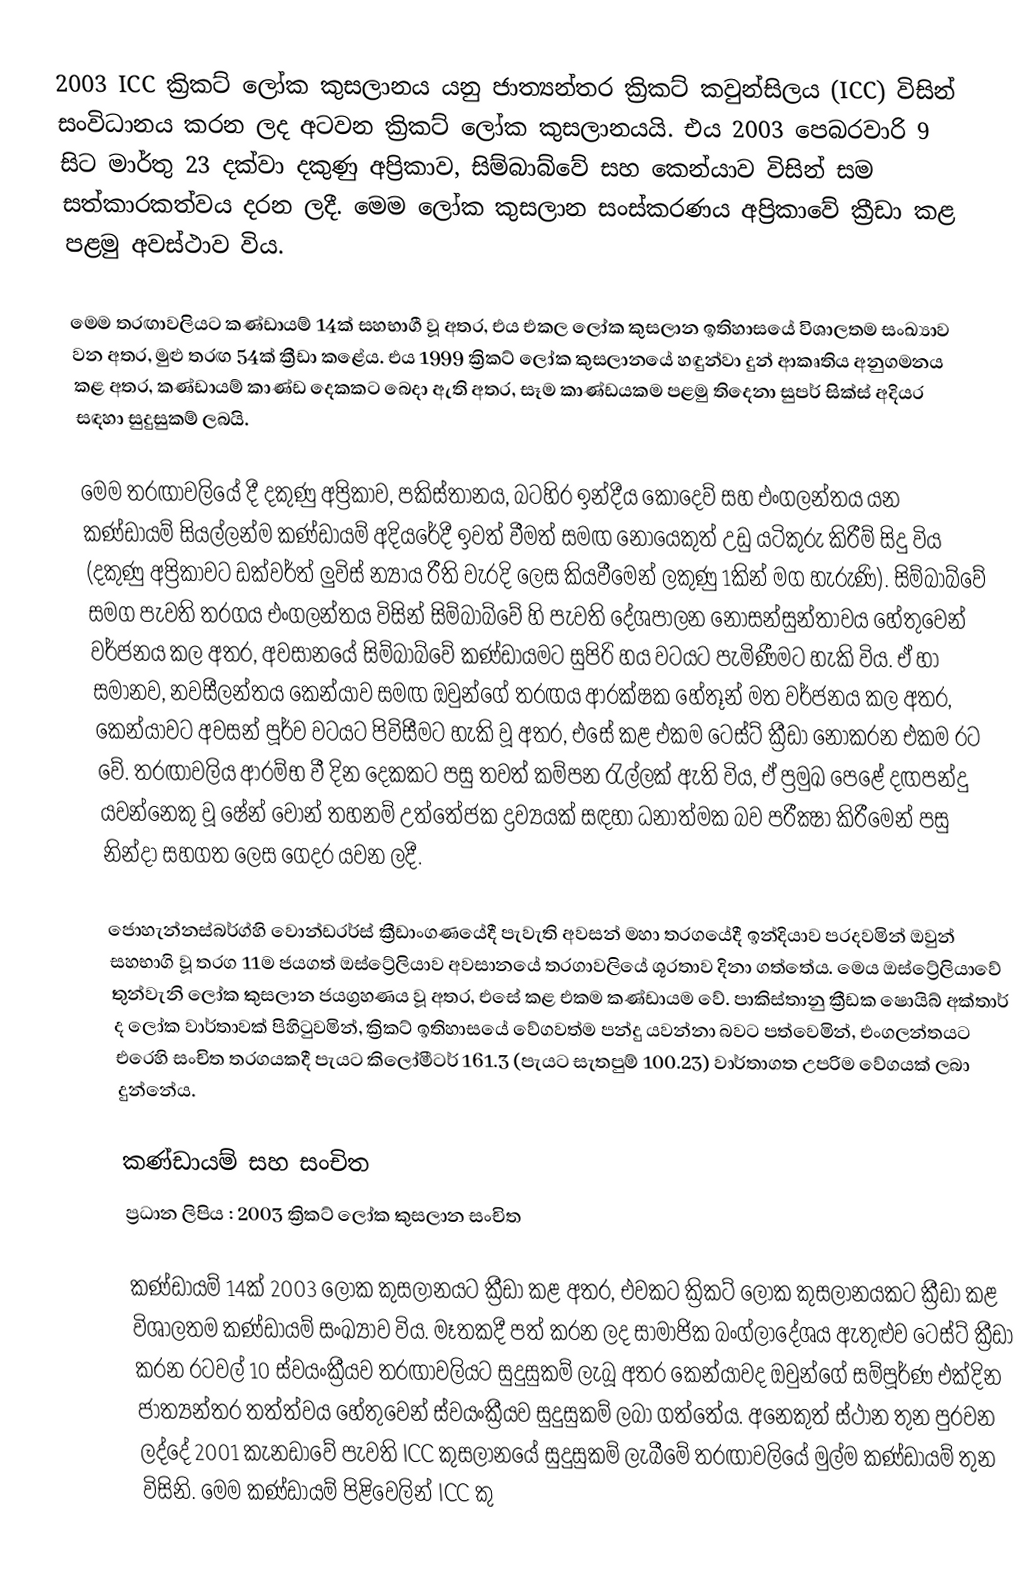
2003 ICC ක්‍රිකට් ලෝක කුසලානය යනු ජාත්‍යන්තර ක්‍රිකට් කවුන්සිලය (ICC) විසින් සංවිධානය කරන ලද අටවන ක්‍රිකට් ලෝක කුසලානයයි. එය 2003 පෙබරවාරි 9 සිට මාර්තු 23 දක්වා දකුණු අප්‍රිකාව, සිම්බාබ්වේ සහ කෙන්යාව විසින් සම සත්කාරකත්වය දරන ලදී. මෙම ලෝක කුසලාන සංස්කරණය අප්‍රිකාවේ ක්‍රීඩා කළ පළමු අවස්ථාව විය.

මෙම තරඟාවලියට කණ්ඩායම් 14ක් සහභාගී වූ අතර, එය එකල ලෝක කුසලාන ඉතිහාසයේ විශාලතම සංඛ්‍යාව වන අතර, මුළු තරඟ 54ක් ක්‍රීඩා කළේය. එය 1999 ක්‍රිකට් ලෝක කුසලානයේ හඳුන්වා දුන් ආකෘතිය අනුගමනය කළ අතර, කණ්ඩායම් කාණ්ඩ දෙකකට බෙදා ඇති අතර, සෑම කාණ්ඩයකම පළමු තිදෙනා සුපර් සික්ස් අදියර සඳහා සුදුසුකම් ලබයි.

මෙම තරඟාවලියේ දී දකුණු අප්‍රිකාව, පකිස්තානය, බටහිර ඉන්දීය කොදෙව් සහ එංගලන්තය යන කණ්ඩායම් සියල්ලන්ම කණ්ඩායම් අදියරේදී ඉවත් වීමත් සමඟ නොයෙකුත් උඩු යටිකුරු කිරීම් සිදු විය (දකුණු අප්‍රිකාවට ඩක්වර්ත් ලුවිස් න්‍යාය රීති වැරදි ලෙස කියවීමෙන් ලකුණු 1කින් මග හැරුණි). සිම්බාබ්වේ සමග පැවති තරගය එංගලන්තය විසින් සිම්බාබ්වේ හි පැවති දේශපාලන නොසන්සුන්තාවය හේතුවෙන් වර්ජනය කල අතර, අවසානයේ සිම්බාබ්වේ කණ්ඩායමට සුපිරි හය වටයට පැමිණීමට හැකි විය. ඒ හා සමානව, නවසීලන්තය කෙන්යාව සමඟ ඔවුන්ගේ තරඟය ආරක්ෂක හේතූන් මත වර්ජනය කල අතර, කෙන්යාවට අවසන් පූර්ව වටයට පිවිසීමට හැකි වූ අතර, එසේ කළ එකම ටෙස්ට් ක්‍රීඩා නොකරන එකම රට වේ. තරඟාවලිය ආරම්භ වී දින දෙකකට පසු තවත් කම්පන රැල්ලක් ඇති විය, ඒ ප්‍රමුඛ පෙළේ දඟපන්දු යවන්නෙකු වූ ෂේන් වෝන් තහනම් උත්තේජක ද්‍රව්‍යයක් සඳහා ධනාත්මක බව පරීක්‍ෂා කිරීමෙන් පසු නින්දා සහගත ලෙස ගෙදර යවන ලදී.

ජොහැන්නස්බර්ග්හි වොන්ඩරර්ස් ක්‍රීඩාංගණයේදී පැවැති අවසන් මහා තරගයේදී ඉන්දියාව පරදවමින් ඔවුන් සහභාගි වූ තරග 11ම ජයගත් ඔස්ට්‍රේලියාව අවසානයේ තරගාවලියේ ශූරතාව දිනා ගත්තේය. මෙය ඔස්ට්‍රේලියාවේ තුන්වැනි ලෝක කුසලාන ජයග්‍රහණය වූ අතර, එසේ කළ එකම කණ්ඩායම වේ. පාකිස්තානු ක්‍රීඩක ෂොයිබ් අක්තාර් ද ලෝක වාර්තාවක් පිහිටුවමින්, ක්‍රිකට් ඉතිහාසයේ වේගවත්ම පන්දු යවන්නා බවට පත්වෙමින්, එංගලන්තයට එරෙහි සංචිත තරගයකදී පැයට කිලෝමීටර් 161.3 (පැයට සැතපුම් 100.23) වාර්තාගත උපරිම වේගයක් ලබා දුන්නේය.

කණ්ඩායම් සහ සංචිත
ප්‍රධාන ලිපිය : 2003 ක්‍රිකට් ලෝක කුසලාන සංචිත

කණ්ඩායම් 14ක් 2003 ලෝක කුසලානයට ක්‍රීඩා කළ අතර, එවකට ක්‍රිකට් ලෝක කුසලානයකට ක්‍රීඩා කළ විශාලතම කණ්ඩායම් සංඛ්‍යාව විය. මෑතකදී පත් කරන ලද සාමාජික බංග්ලාදේශය ඇතුළුව ටෙස්ට් ක්‍රීඩා කරන රටවල් 10 ස්වයංක්‍රීයව තරඟාවලියට සුදුසුකම් ලැබූ අතර කෙන්යාවද ඔවුන්ගේ සම්පූර්ණ එක්දින ජාත්‍යන්තර තත්ත්වය හේතුවෙන් ස්වයංක්‍රීයව සුදුසුකම් ලබා ගත්තේය. අනෙකුත් ස්ථාන තුන පුරවන ලද්දේ 2001 කැනඩාවේ පැවති ICC කුසලානයේ සුදුසුකම් ලැබීමේ තරඟාවලියේ මුල්ම කණ්ඩායම් තුන විසිනි. මෙම කණ්ඩායම් පිළිවෙලින් ICC කු